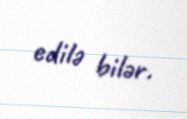
edilə bilər.